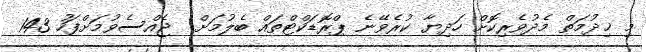
މި ޚިދުމަތް މެދުވެރިކޮށް ހަދިޔާ ކުރެވޭނެ ޕްރޮޑަކްޓްތައް ބެލުމަށް  ޖެއްސެވުމަށްފަހު 143